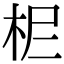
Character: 𣐓